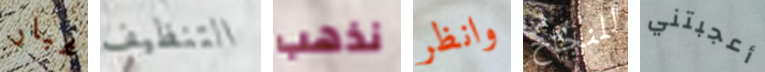
غبار التنظيف نذهب وانظر للنجاح أعجبتني